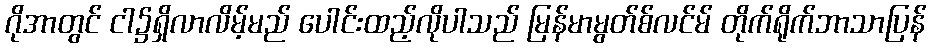
ဂိုအာတွင် ငါ၌ရှိလာလိမ့်မည် ပေါင်းထည့်လိုပါသည် မြန်မာမွတ်စ်လင်မ် တိုက်ရိုက်ဘာသာပြန်